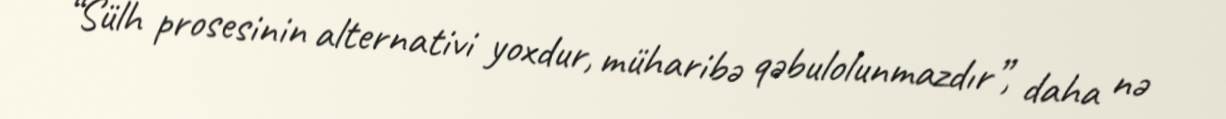
“Sülh prosesinin alternativi yoxdur, müharibə qəbulolunmazdır”, daha nə